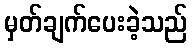
မှတ်ချက်ပေးခဲ့သည်